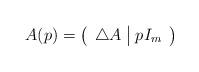
LaTeX: \begin{align*} A(p)=\left(\begin{array}{c|c}\triangle A & pI_m\end{array}\right)\end{align*}